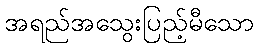
အရည်အသွေးပြည့်မီသော